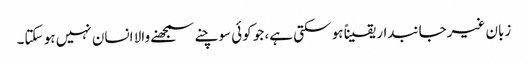
زبان غیرجانبدار یقیناً ہو سکتی ہے، جو کوئی سوچنے سمجھنے والا انسان نہیں ہو سکتا۔